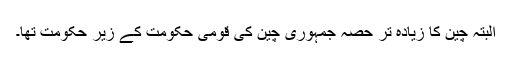
البتہ چین کا زیادہ تر حصہ جمہوری چین کی قومی حکومت کے زیر حکومت تھا۔